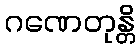
ဂဏေတုန္တိ